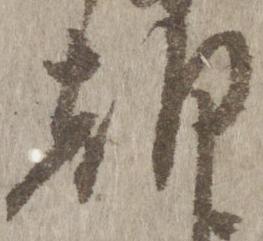
朝